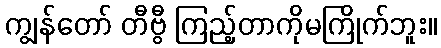
ကျွန်တော် တီဗွီ ကြည့်တာကိုမကြိုက်ဘူး။